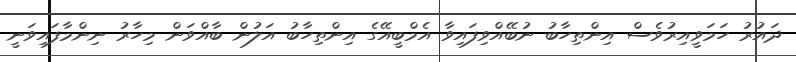
ދައުރު ހަމަވީއިރުވެސް އިންތިހާބު ނުބޭއްވިފައިވާ އެމްބީއޭގެ އިންތިހާބު އަލުން ބާއްވަން މިހާރު ނިންމާފައިވަނީ